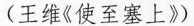
(王维《使至塞上》)